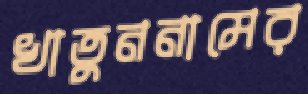
খাতুননামের